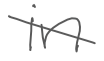
Text: in
Cross-out: diagonal
Writing tool: digital_gray